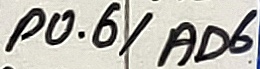
Text: P0.6/AD6